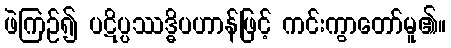
ဖဲကြဉ်၍ ပဋိပ္ပဿဒ္ဓိပဟာန်ဖြင့် ကင်းကွာတော်မူ၏။